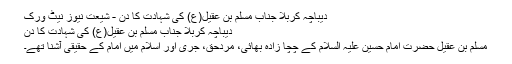
دیباچہ کربلا جناب مسلم بن عقیل(ع) کی شہادت کا دن - شیعت نیوز نیٹ ورک
دیباچہ کربلا جناب مسلم بن عقیل(ع) کی شہادت کا دن
مسلم بن عقیل حضرت امام حسین علیہ السلام کے چچا زادہ بھائی، مردحق، جری اور اسلام میں امام کے حقیقی آشنا تھے۔